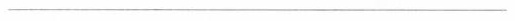
___